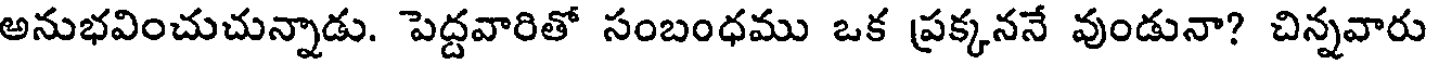
అనుభవించుచున్నాడు. పెద్దవారితో సంబంధము ఒక ప్రక్కననే వుండునా? చిన్నవారు